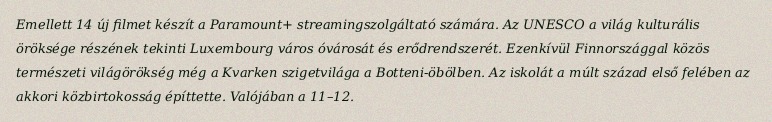
Emellett 14 új filmet készít a Paramount+ streamingszolgáltató számára. Az UNESCO a világ kulturális öröksége részének tekinti Luxembourg város óvárosát és erődrendszerét. Ezenkívül Finnországgal közös természeti világörökség még a Kvarken szigetvilága a Botteni-öbölben. Az iskolát a múlt század első felében az akkori közbirtokosság építtette. Valójában a 11–12.